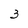
Character: 3